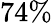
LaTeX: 74\%